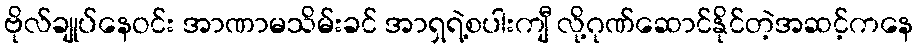
ဗိုလ်ချုပ်နေဝင်း အာဏာမသိမ်းခင် အာရှရဲ့စပါးကျီ လို့ဂုဏ်ဆောင်နိုင်တဲ့အဆင့်ကနေ